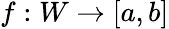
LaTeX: f:W\to[a,b]